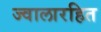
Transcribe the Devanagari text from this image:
ज्वालारहित